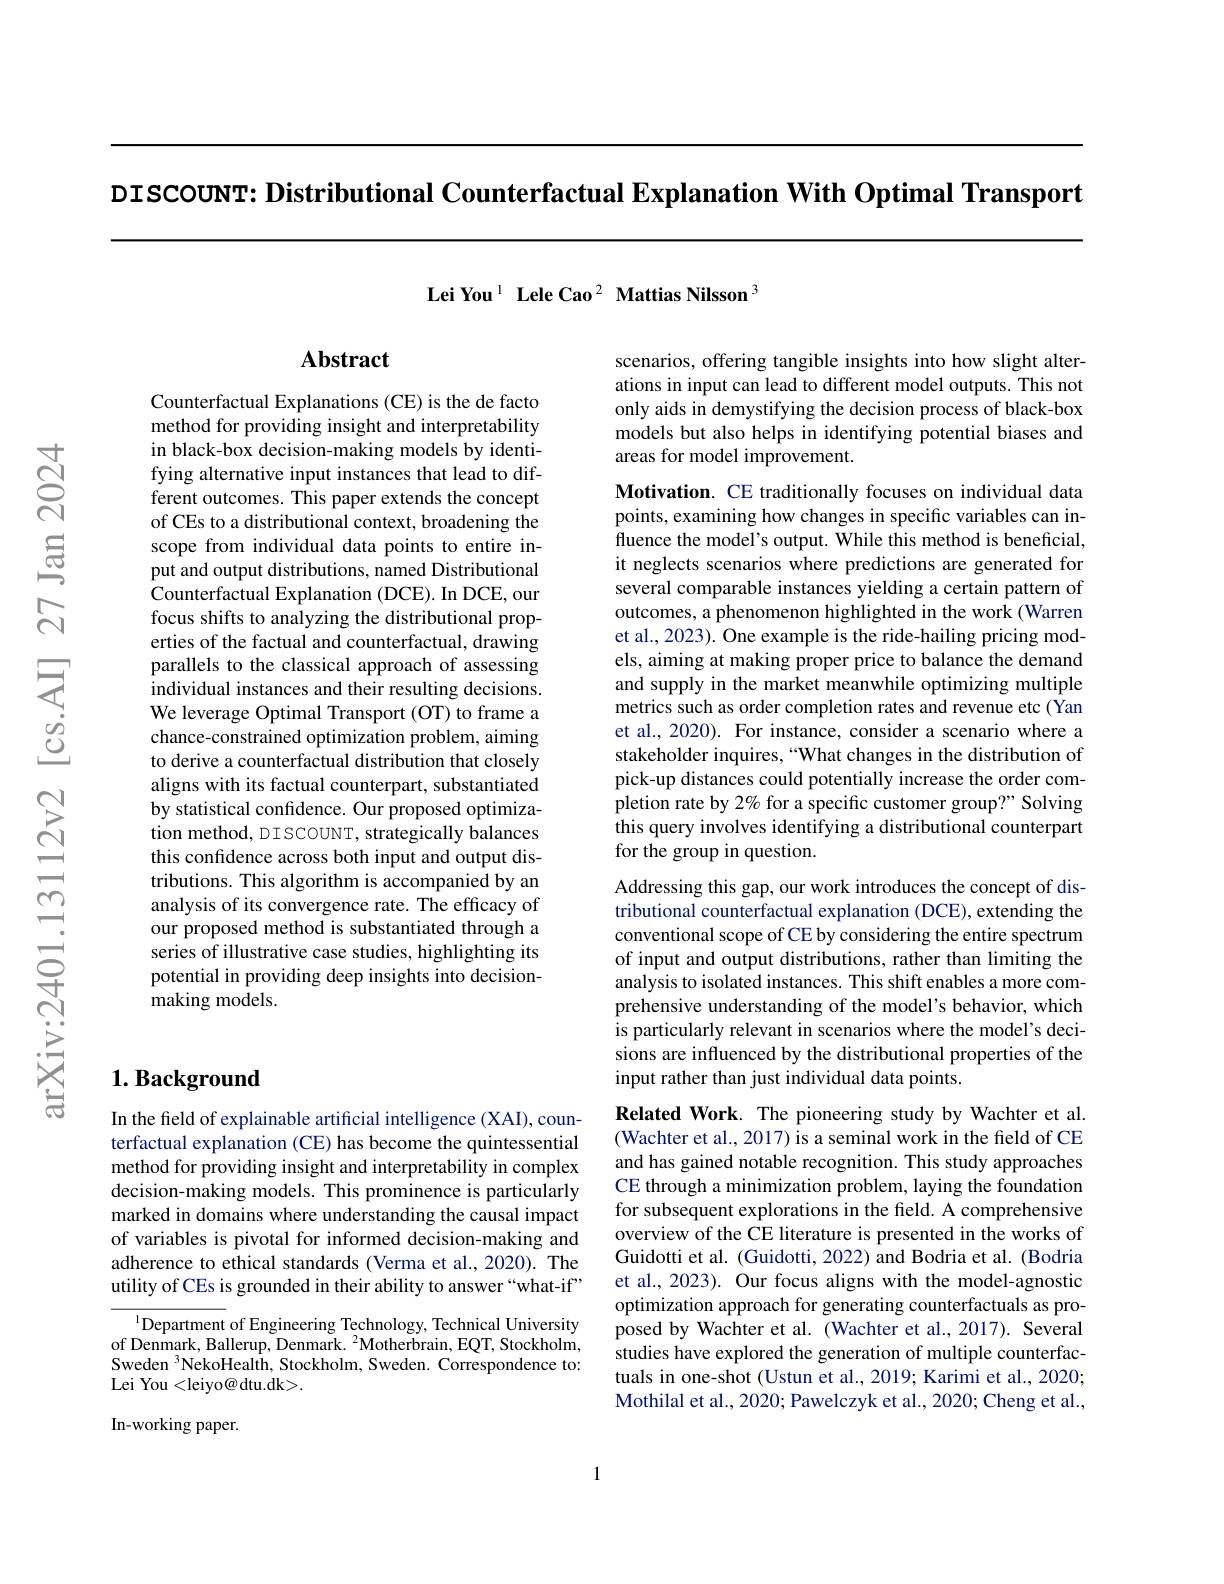
DISCOUNT: Distributional Counterfactual Explanation With Optimal Transport

$\textbf{Lei You}^{1}\textbf{ Lele Cao}^{2}\textbf{ Mattias Nilsson}^{3}$

## Abstract

Counterfactual Explanations (CE) is the de facto method for providing insight and interpretability in black-box decision-making models by identifying alternative input instances that lead to different outcomes. This paper extends the concept of CEs to a distributional context, broadening the scope from individual data points to entire input and output distributions, named Distributional Counterfactual Explanation (DCE). In DCE, our focus shifts to analyzing the distributional properties of the factual and counterfactual, drawing parallels to the classical approach of assessing individual instances and their resulting decisions. We leverage Optimal Transport (OT) to frame a chance-constrained optimization problem, aiming to derive a counterfactual distribution that closely aligns with its factual counterpart, substantiated by statistical confidence. Our proposed optimization method, DISCOUNT, strategically balances this confidence across both input and output distributions. This algorithm is accompanied by an analysis of its convergence rate. The efficacy of our proposed method is substantiated through a series of illustrative case studies, highlighting its potential in providing deep insights into decisionmaking models.

## $\mathbf{1.Background}$

In the field of explainable artificial intelligence (XAI), counterfactual explanation (CE) has become the quintessential method for providing insight and interpretability in complex decision-making models. This prominence is particularly marked in domains where understanding the causal impact of variables is pivotal for informed decision-making and adherence to ethical standards (Verma et al., 2020). The utility of CEs is grounded in their ability to answer “what-if”

$^{\mathrm{l}}$Department of Engineering Technology, Technical University of Denmark, Ballerup, Denmark. 2Motherbrain, EQT, Stockholm, Sweden $^3$NekoHealth, Stockholm, Sweden. Correspondence to: Lei You <leiyo@ dtu.dk>.

In-working paper.

scenarios, offering tangible insights into how slight alterations in input can lead to different model outputs. This not only aids in demystifying the decision process of black-box models but also helps in identifying potential biases and areas for model improvement.

Motivation. CE traditionally focuses on individual data points, examining how changes in specific variables can influence the model's output. While this method is beneficial, it neglects scenarios where predictions are generated for several comparable instances yielding a certain pattern of outcomes, a phenomenon highlighted in the work (Warren et al., 2023). One example is the ride-hailing pricing models, aiming at making proper price to balance the demand and supply in the market meanwhile optimizing multiple metrics such as order completion rates and revenue etc (Yan et al., 2020). For instance, consider a scenario where a stakeholder inquires, “What changes in the distribution of pick-up distances could potentially increase the order completion rate by 2% for a specific customer group?" Solving this query involves identifying a distributional counterpart $\hat{\text{for the group in question.}}$

Addressing this gap, our work introduces the concept of distributional counterfactual explanation (DCE), extending the conventional scope of CE by considering the entire spectrum of input and output distributions, rather than limiting the analysis to isolated instances. This shift enables a more comprehensive understanding of the model's behavior, which is particularly relevant in scenarios where the model's decisions are influenced by the distributional properties of the input rather than just individual data points

Related Work. The pioneering study by Wachter et al. (Wachter et al., 2017) is a seminal work in the field of CE and has gained notable recognition. This study approaches CE through a minimization problem, laying the foundation for subsequent explorations in the field. A comprehensive overview of the CE literature is presented in the works of Guidotti et al. (Guidotti, 2022) and Bodria et al. (Bodria et al., 2023). Our focus aligns with the model-agnostic optimization approach for generating counterfactuals as proposed by Wachter et al. (Wachter et al.,2017). Several studies have explored the generation of multiple counterfactuals in one-shot (Ustun et al., 2019; Karimi et al., 2020; Mothilal et al., 2020; Pawelczyk et al., 2020; Cheng et al.,

1